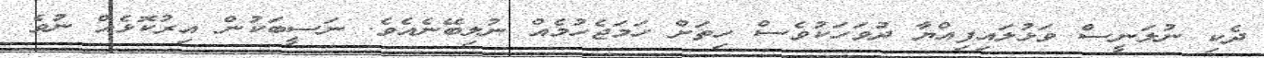
ދެކި ނުލަނީސް ވަޅުލައިފިއްޔާ ދުވަހަކުވެސް ހިތަށް ހަމަޖެހުމެއް ނުލިބޭނެއެވެ. ނަސީބަކުން އިރުކޮޅެއް ނުވެ